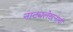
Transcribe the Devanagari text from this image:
नाट्यलेखनाची